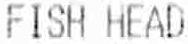
FISH HEAD